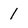
Character: 1